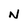
Character: N